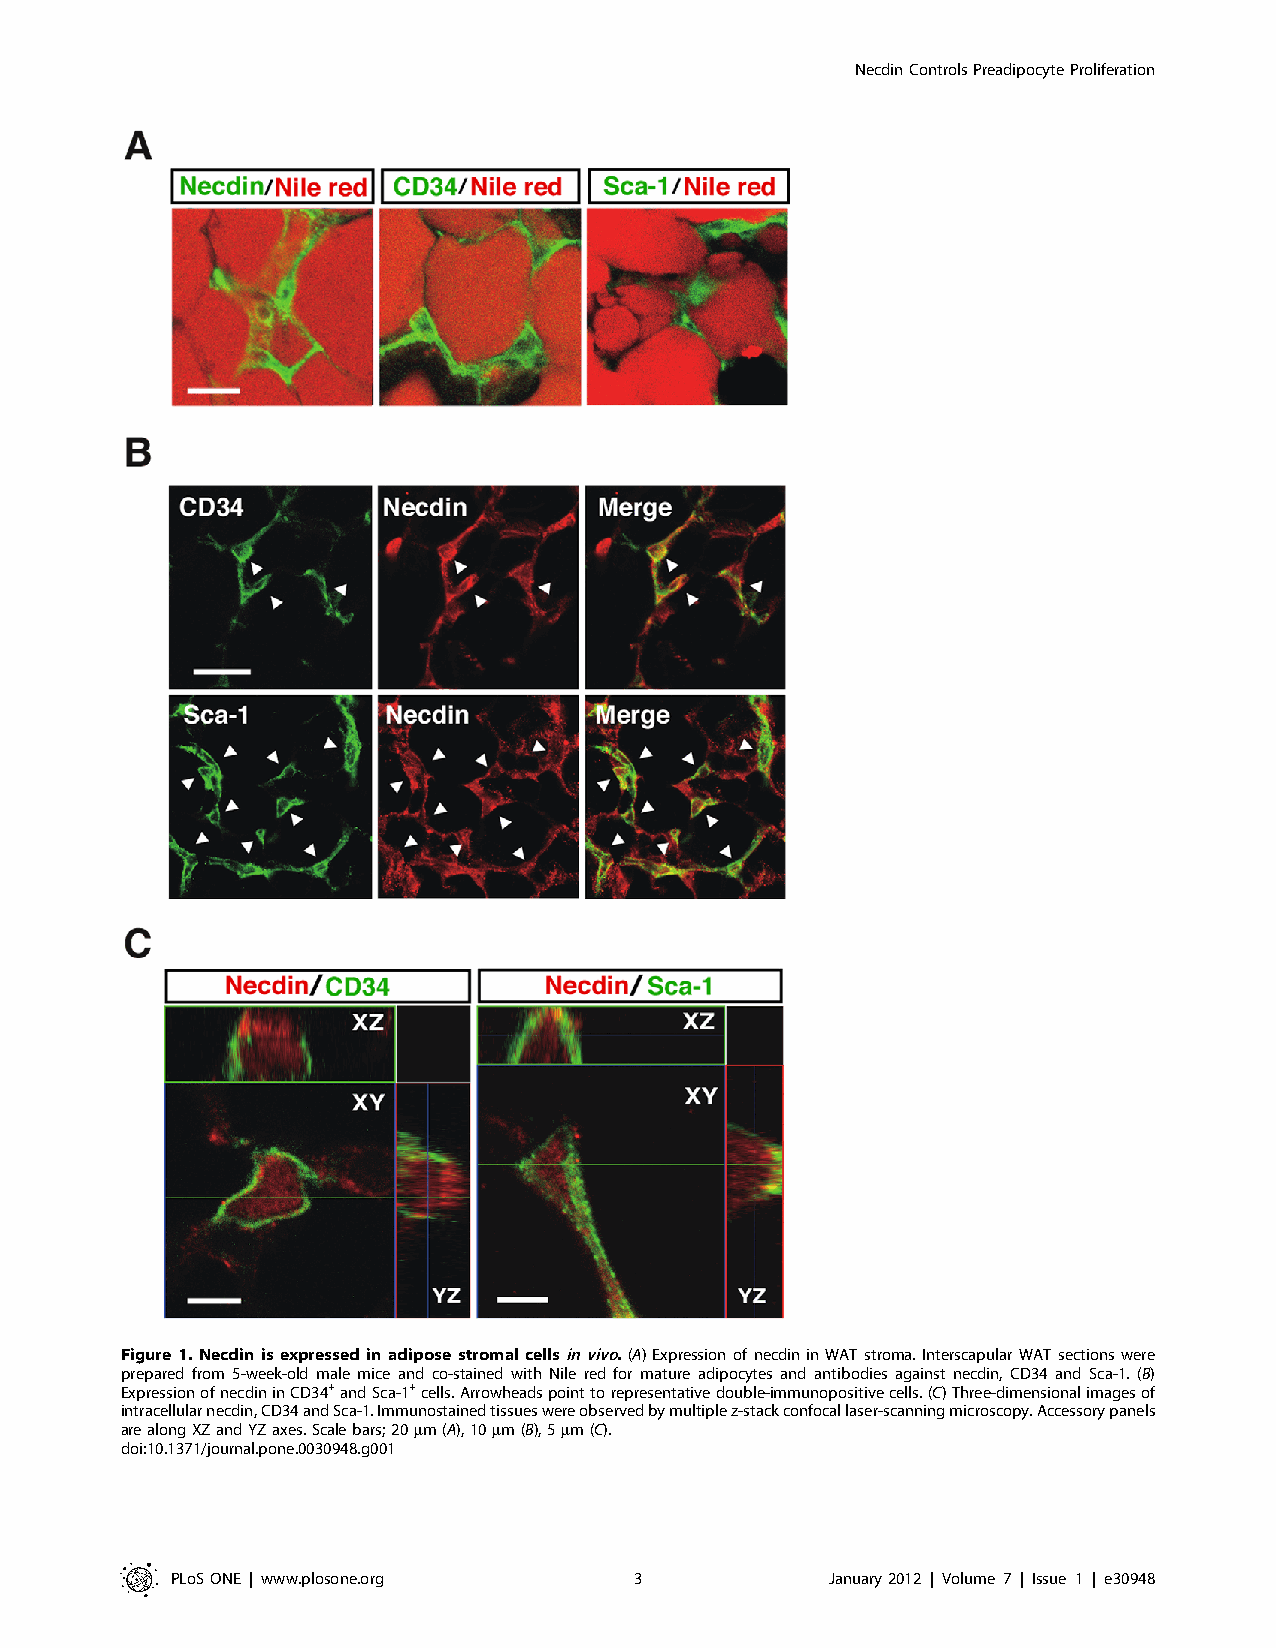
NecdinControlsPreadipocyteProliferation
 Figure1. Necdinis expressedin adipose stromal cellsinvivo. (A) Expression of necdinin WATstroma. Interscapular WATsections were
 prepared from 5-week-old male mice and co-stained with Nile red for mature adipocytes and antibodies against necdin, CD34 and Sca-1. (B)
 ExpressionofnecdininCD34+andSca-1+cells.Arrowheadspointtorepresentativedouble-immunopositivecells.(C)Three-dimensionalimagesof
 intracellularnecdin,CD34andSca-1.Immunostainedtissueswereobservedbymultiplez-stackconfocallaser-scanningmicroscopy.Accessorypanels
 arealongXZandYZaxes.Scalebars;20mm(A),10mm(B),5mm(C).
 doi:10.1371/journal.pone.0030948.g001
 PLoSONE | www.plosone.org      3            January2012 | Volume 7 | Issue 1 | e30948